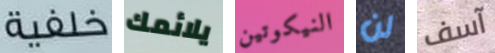
خلفية يلائمك النيكوتين لن آسف